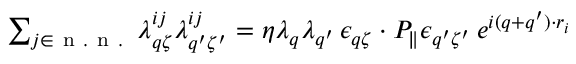
\begin{array} { r } { \sum _ { j \in \mathrm { ~ n ~ . ~ n ~ . ~ } } \lambda _ { q \zeta } ^ { i j } \lambda _ { q ^ { \prime } \zeta ^ { \prime } } ^ { i j } = \eta \lambda _ { q } \lambda _ { q ^ { \prime } } \, \epsilon _ { q \zeta } \cdot P _ { \parallel } \epsilon _ { q ^ { \prime } \zeta ^ { \prime } } \, e ^ { i ( q + q ^ { \prime } ) \cdot r _ { i } } } \end{array}